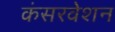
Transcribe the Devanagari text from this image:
कंसरवेशन